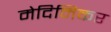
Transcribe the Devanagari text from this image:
मेदिनिकर